Scottish Leaving Certificate Examination, 1958
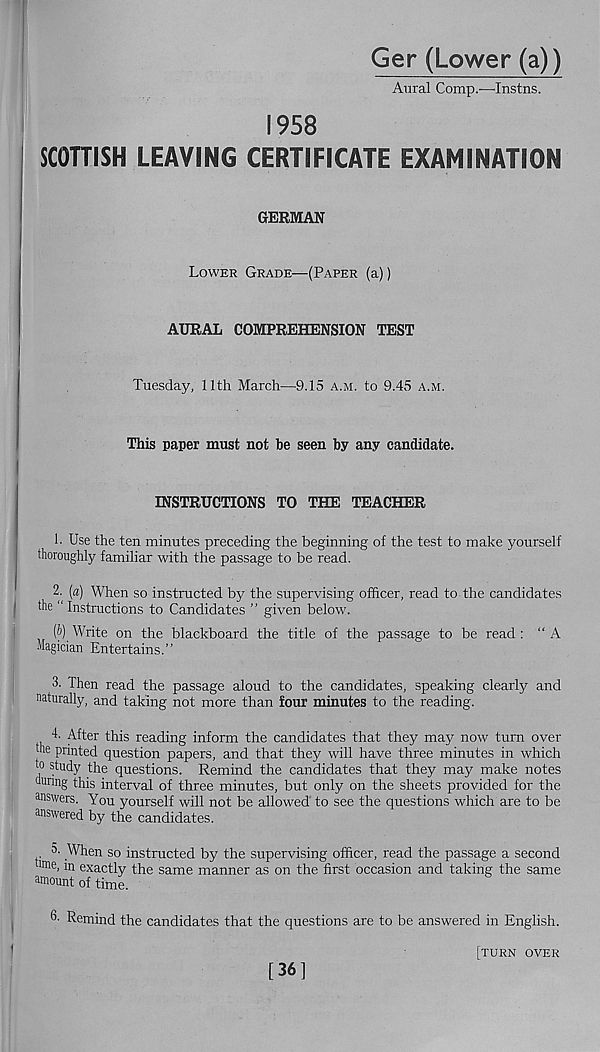
Ger (Lower (a))
Aural Comp.—Instns.
1958
SCOTTISH LEAVING CERTIFICATE EXAMINATION
GERMAN
Lower Grade—(Paper (a))
AURAL COMPREHENSION TEST
Tuesday, 11th March—9.15 a.m. to 9.45 a.m.
This paper must not he seen by any candidate.
INSTRUCTIONS TO THE TEACHER
1. Use the ten minutes preceding the beginning of the test to make yourself
thoroughly familiar with the passage to be read.
2. [a) When so instructed by the supervising officer, read to the candidates
1
the “ Instructions to Candidates ” given below.
(J) Write on the blackboard the title of the passage to be read: “A
Magician Entertains.”
3. Then read the passage aloud to the candidates, speaking clearly and
naturally, and taking not more than four minutes to the reading.
T After this reading inform the candidates that they may now turn over
the printed question papers, and that they will have three minutes in which
0 s t'idy the questions. Remind the candidates that they may make notes
during this interval of three minutes, but only on the sheets provided for the
answers. You yourself will not be allowed to see the questions which are to be
answered by the candidates.
5. When so instructed by the supervising officer, read the passage a second
lme , in exactly the same manner as on the first occasion and taking the same
amount of time.
6- Remind the candidates that the questions are to be answered in English.
[turn over
[36]